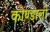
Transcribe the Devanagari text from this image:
कोण्डाली